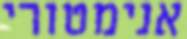
אנימטורי